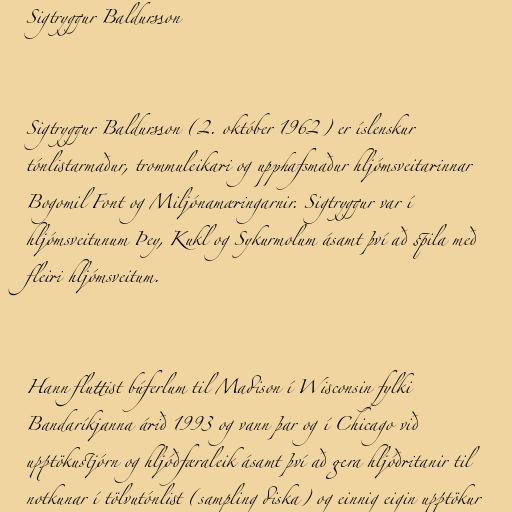
Sigtryggur Baldursson

Sigtryggur Baldursson (2. október 1962) er íslenskur
tónlistarmaður, trommuleikari og upphafsmaður hljómsveitarinnar
Bogomil Font og Miljónamæringarnir. Sigtryggur var í
hljómsveitunum Þey, Kukl og Sykurmolum ásamt því að spila með
fleiri hljómsveitum.

Hann fluttist búferlum til Madison í Wisconsin fylki
Bandaríkjanna árið 1993 og vann þar og í Chicago við
upptökustjórn og hljóðfæraleik ásamt því að gera hljóðritanir til
notkunar í tölvutónlist (sampling diska) og einnig eigin upptökur